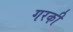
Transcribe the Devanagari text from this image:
गरकी